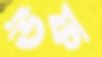
উফ